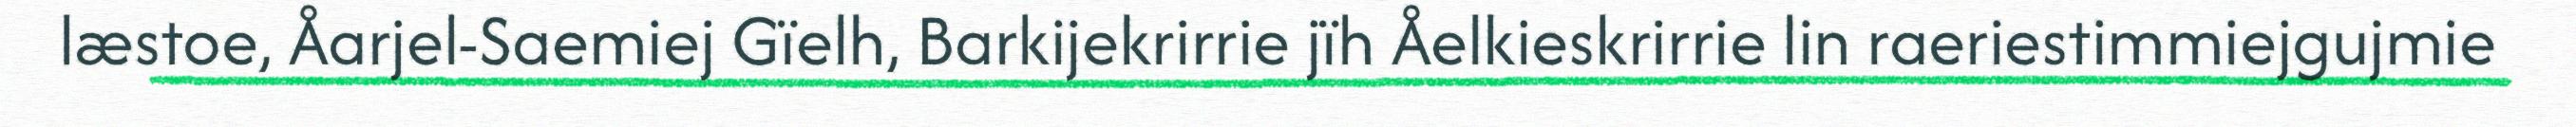
læstoe, Åarjel-Saemiej Gïelh, Barkijekrirrie jïh Åelkieskrirrie lin raeriestimmiejgujmie